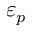
\varepsilon _ { p }